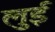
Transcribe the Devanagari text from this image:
लुुई